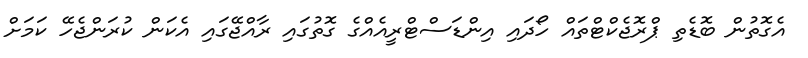
އެގޮތުން ބޮޑެތި ޕްރޮޖެކްޓްތައް ހޯދައި އިންޑަސްޓްރީއެއްގެ ގޮތުގައި ރާއްޖޭގައި އެކަން ކުރަންޖެހޭ ކަމަށް